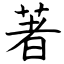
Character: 著